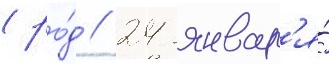
(ро́д // 24 январ'я́